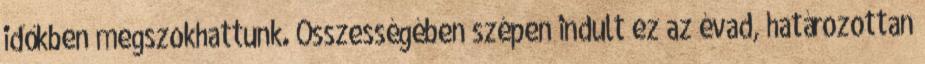
időkben megszokhattunk. Összességében szépen indult ez az évad, határozottan